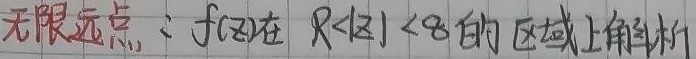
无限远点：\(f(z)\)在 \(R<|z|<\infty\) 的区域上解析